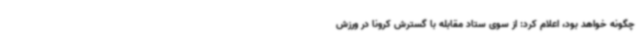
چگونه خواهد بود، اعلام کرد: از سوی ستاد مقابله با گسترش کرونا در ورزش